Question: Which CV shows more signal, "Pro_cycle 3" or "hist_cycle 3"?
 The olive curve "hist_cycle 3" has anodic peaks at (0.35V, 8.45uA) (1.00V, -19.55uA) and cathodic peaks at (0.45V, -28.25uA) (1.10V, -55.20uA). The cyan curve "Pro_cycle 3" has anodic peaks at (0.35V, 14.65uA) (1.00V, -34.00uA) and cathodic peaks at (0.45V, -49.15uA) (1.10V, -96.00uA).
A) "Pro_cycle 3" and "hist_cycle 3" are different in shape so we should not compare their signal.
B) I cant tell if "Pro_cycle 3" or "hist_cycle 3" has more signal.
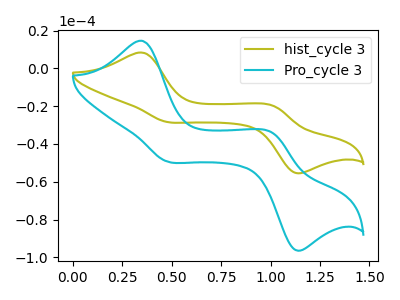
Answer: <think>All the peaks in "Pro_cycle 3" have a peak in "hist_cycle 3" at the same potential.
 </think>
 <answer>B) I cant tell if "Pro_cycle 3" or "hist_cycle 3" has more signal.</answer>
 <eval>B</eval>